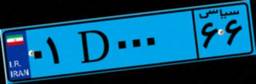
۰۱D۰۰۰۶۶